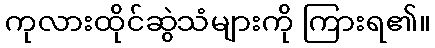
ကုလားထိုင်ဆွဲသံများကို ကြားရ၏။